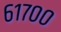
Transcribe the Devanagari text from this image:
६१७००